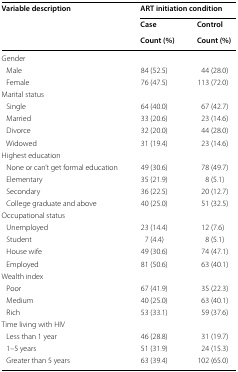
<table><thead><tr><td rowspan="3"><b>Variable description</b></td><td colspan="2"><b>ART initiation condition</b></td></tr><tr><td><b>Case</b></td><td><b>Control</b></td></tr><tr><td><b>Count (%)</b></td><td><b>Count (%)</b></td></tr></thead><tbody><tr><td colspan="3">Gender</td></tr><tr><td> Male</td><td>84 (52.5)</td><td>44 (28.0)</td></tr><tr><td> Female</td><td>76 (47.5)</td><td>113 (72.0)</td></tr><tr><td colspan="3">Marital status</td></tr><tr><td> Single</td><td>64 (40.0)</td><td>67 (42.7)</td></tr><tr><td> Married</td><td>33 (20.6)</td><td>23 (14.6)</td></tr><tr><td> Divorce</td><td>32 (20.0)</td><td>44 (28.0)</td></tr><tr><td> Widowed</td><td>31 (19.4)</td><td>23 (14.6)</td></tr><tr><td colspan="3">Highest education</td></tr><tr><td> None or can’t get formal education</td><td>49 (30.6)</td><td>78 (49.7)</td></tr><tr><td> Elementary</td><td>35 (21.9)</td><td>8 (5.1)</td></tr><tr><td> Secondary</td><td>36 (22.5)</td><td>20 (12.7)</td></tr><tr><td> College graduate and above</td><td>40 (25.0)</td><td>51 (32.5)</td></tr><tr><td colspan="3">Occupational status</td></tr><tr><td> Unemployed</td><td>23 (14.4)</td><td>12 (7.6)</td></tr><tr><td> Student</td><td>7 (4.4)</td><td>8 (5.1)</td></tr><tr><td> House wife</td><td>49 (30.6)</td><td>74 (47.1)</td></tr><tr><td> Employed</td><td>81 (50.6)</td><td>63 (40.1)</td></tr><tr><td colspan="3">Wealth index</td></tr><tr><td> Poor</td><td>67 (41.9)</td><td>35 (22.3)</td></tr><tr><td> Medium</td><td>40 (25.0)</td><td>63 (40.1)</td></tr><tr><td> Rich</td><td>53 (33.1)</td><td>59 (37.6)</td></tr><tr><td colspan="3">Time living with HIV</td></tr><tr><td> Less than 1 year</td><td>46 (28.8)</td><td>31 (19.7)</td></tr><tr><td> 1–5 years</td><td>51 (31.9)</td><td>24 (15.3)</td></tr><tr><td> Greater than 5 years</td><td>63 (39.4)</td><td>102 (65.0)</td></tr></tbody></table>